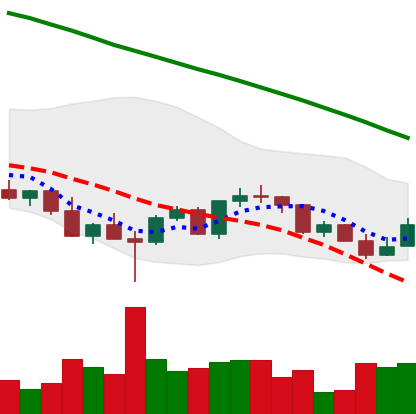
Ticker: LINK-USD
Chart end date: 2022-03-09
Forward return: -4.384%
Label: down_3_5